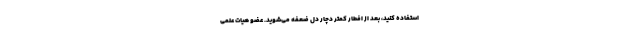
استفاده کنید، بعد از افطار کمتر دچار دل ضعفه می‌شوید. عضو هیات علمی